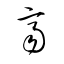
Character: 齊